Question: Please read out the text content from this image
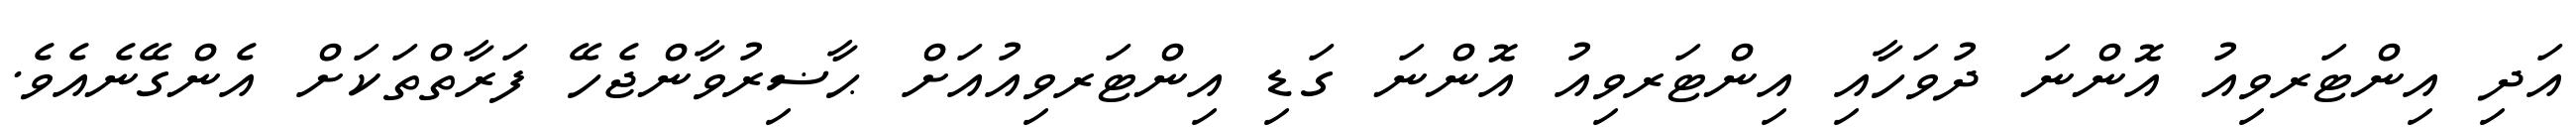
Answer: އަދި އިންޓަރވިއު އޮންނަ ދުވަހާއި އިންޓަރވިއު އޮންނަ ގަޑި އިންޓަރވިއުއަށް ޙާޟިރުވާންޖެހޭ ފަރާތްތަކަށް އެންގޭނެއެވެ.